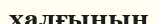
халғының